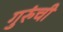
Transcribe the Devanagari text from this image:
गुरुंची